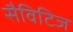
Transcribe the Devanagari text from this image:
सैविटिज